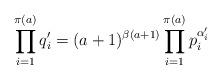
LaTeX: \begin{align*} \prod_{i = 1}^{\pi(a)} q_i' = (a + 1)^{\beta(a + 1)}\prod_{i = 1}^{\pi(a)}p_i^{\alpha_i'} \end{align*}